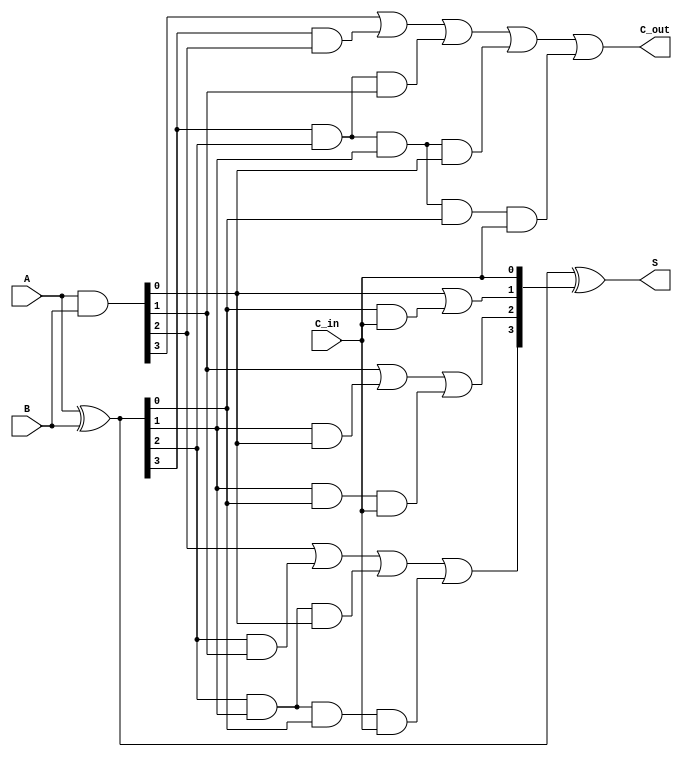
module CLA_4bit (
    input [3:0] A,
    input [3:0] B,
    input C_in,
    output [3:0] S,
    output C_out
);
    wire [3:0] G; // Generate signals
    wire [3:0] P; // Propagate signals
    wire [3:0] C; // Carry signals

    // Generate and Propagate calculations
    assign G = A & B; // G_i = A_i * B_i
    assign P = A ^ B; // P_i = A_i XOR B_i

    // Carry calculations
    assign C[0] = G[0] | (P[0] & C_in);
    assign C[1] = G[1] | (P[1] & G[0]) | (P[1] & P[0] & C_in);
    assign C[2] = G[2] | (P[2] & G[1]) | (P[2] & P[1] & G[0]) | (P[2] & P[1] & P[0] & C_in);
    assign C[3] = G[3] | (P[3] & G[2]) | (P[3] & P[2] & G[1]) | (P[3] & P[2] & P[1] & G[0]) | (P[3] & P[2] & P[1] & P[0] & C_in);

    // Sum calculation
    assign S = P ^ {C[2:0], C_in}; // S_i = P_i XOR C_i

    // Carry out
    assign C_out = C[3];

endmodule